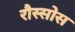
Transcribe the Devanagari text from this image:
रौस्सोस